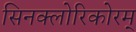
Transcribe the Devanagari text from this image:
सिनक्लोरिकोरम्